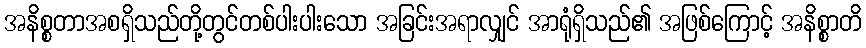
အနိစ္စတာအစရှိသည်တို့တွင်တစ်ပါးပါးသော အခြင်းအရာလျှင် အာရုံရှိသည်၏ အဖြစ်ကြောင့် အနိစ္စာတိ